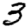
Digit: 3